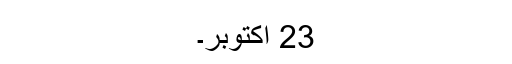
23 اکتوبر۔